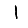
Digit: 1